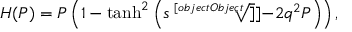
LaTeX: { \cal H } ( P ) = P \left( 1 - \operatorname { t a n h } ^ { 2 } \left( s \sqrt [ [object Object] ] ] { - 2 q ^ { 2 } P } \right) \right) ,